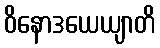
ဝိနောဒယေယျာတိ